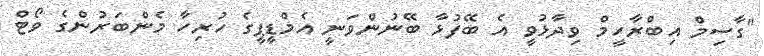
"ގާސިމް އިބްރާހީމް ވިދާޅުވީ އެ ބޭފުޅާ ބޭނުންވަނީ އެމްޑީޕީގެ ހުރިހާ މެންބަރުންގެ ވޯޓް